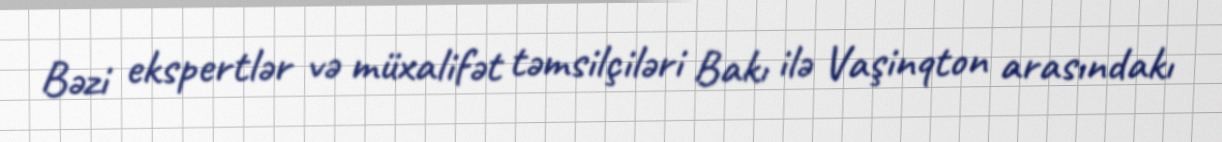
Bəzi ekspertlər və müxalifət təmsilçiləri Bakı ilə Vaşinqton arasındakı